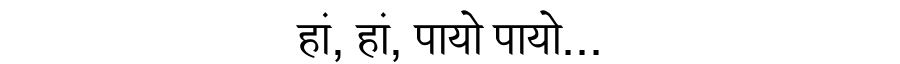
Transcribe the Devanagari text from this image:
हां, हां, पायो पायो...